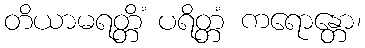
တိယာမရတ္တိံ ပရိတ္တံ ကရောန္တော၊